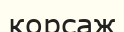
корсаж